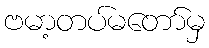
ဗမာ့တပ်မတော်မှ